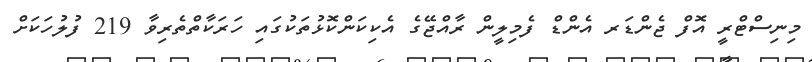
މިނިސްޓްރީ އޮފް ޖެންޑަރ އެންޑް ފެމިލީން ރާއްޖޭގެ އެކިކަންކޮޅުތަކުގައި ހަރަކާތްތެރިވާ 219 ފުލުހަކަށް